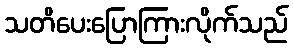
သတိပေးပြောကြားလိုက်သည်